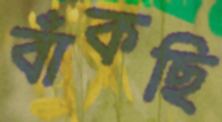
বাঁকছি